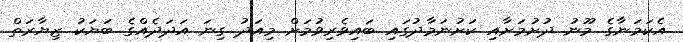
އެކަމަނާގެ މޫނު ދުށުމަށާއި ކަށުނަމާދުގައި ބައިވެރިވުމަށް މިއަދު ގިނަ އަދަދެއްގެ ބަޔަކު ޒިޔާރަތް